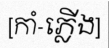
[កាំ-ភ្លើង]